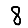
Digit: 8